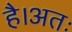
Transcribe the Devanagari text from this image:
है।अतः